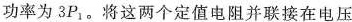
功率为3P_{1} 。将这两个定值电阻并联接在电压